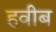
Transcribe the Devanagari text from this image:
हवीब